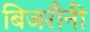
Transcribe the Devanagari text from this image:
बिजरौनी